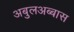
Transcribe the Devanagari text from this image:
अबुलअब्बास